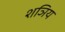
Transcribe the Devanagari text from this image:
शञिय